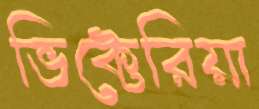
ভিক্টেরিয়া